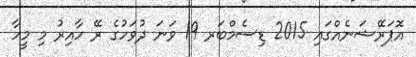
އޮޕަރޭޝަނެއްގައި 2015 ޑިސެމްބަރ 19 ވަނަ ދުވަހުގެ ރޭ ހާއިރު މި މީހާ